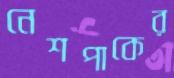
নেশপাকের